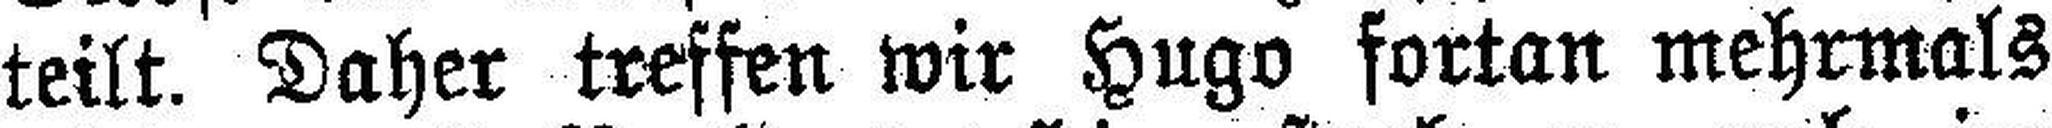
teilt. Daher treffen wir Hugo fortan mehrmals